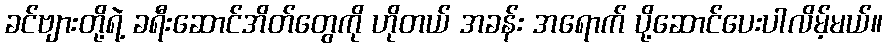
ခင်ဗျားတို့ရဲ့ ခရီးဆောင်အိတ်တွေကို ဟိုတယ် အခန်း အရောက် ပို့ဆောင်ပေးပါလိမ့်မယ်။